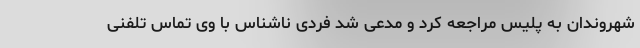
شهروندان به پلیس مراجعه کرد و مدعی شد فردی ناشناس با وی تماس تلفنی